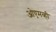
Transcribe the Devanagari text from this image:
ओएमव्ही